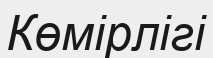
Көмірлігі